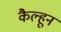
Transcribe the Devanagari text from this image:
कैल्हून